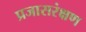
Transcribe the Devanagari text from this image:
प्रजासरंक्षण